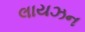
લાયઝન